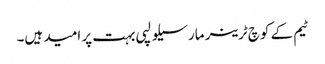
ٹیم کے کوچ ٹرینر مارسیلو لپی بہت پر امید ہیں۔